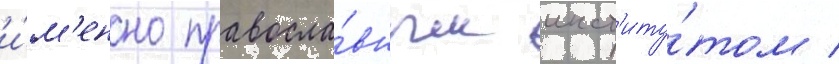
и́м'енно правосла́вным инст'иту́том /